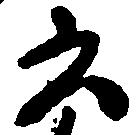
云